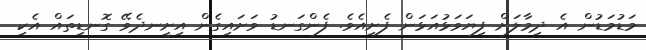
މަޑުމަޑުން އެ ދިމާލަށް ފިޔަވަޅުއަޅަން ފެށިއެވެ. ފެންގަނޑު ވަށައިގެން އިށީނދެވޭ ގޮނޑިތައް އެކި